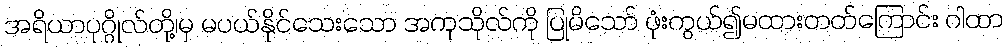
အရိယာပုဂ္ဂိုလ်တို့၊မှ မပယ်နိုင်သေးသော အကုသိုလ်ကို ပြုမိသော် ဖုံးကွယ်၍မထားတတ်ကြောင်း ဂါထာ